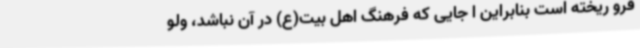
فرو ریخته است بنابراین ا جایی که فرهنگ اهل بیت(ع) در آن نباشد، ولو